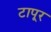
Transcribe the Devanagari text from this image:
टापूर